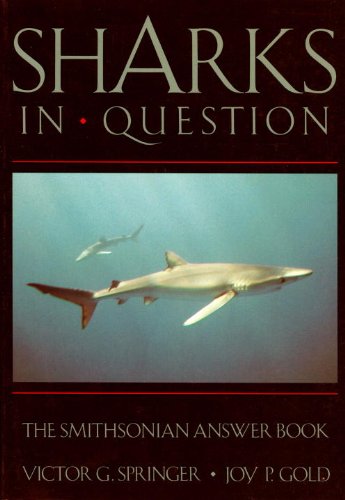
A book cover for SHARKS IN QUESTION  (Smithsonian Answer Books); V. G. Springer; Sports & Outdoors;